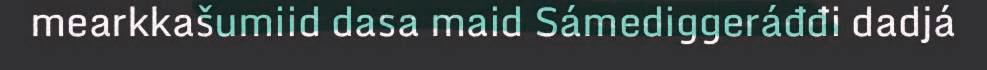
mearkkašumiid dasa maid Sámediggeráđđi dadjá